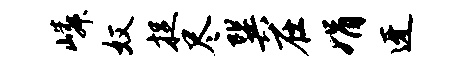
嶙奴捉尽巽在娟迓